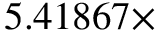
5 . 4 1 8 6 7 \times